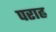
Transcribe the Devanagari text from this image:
पराह्न